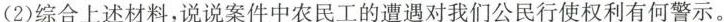
(2)综合上述材料，说说案件中农民工的遭遇对我们公民行使权利有何警示。